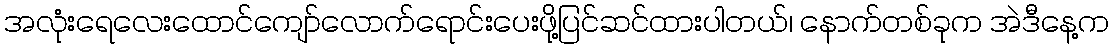
အလုံးရေလေးထောင်ကျော်လောက်ရောင်းပေးဖို့ပြင်ဆင်ထားပါတယ်၊ နောက်တစ်ခုက အဲဒီနေ့က